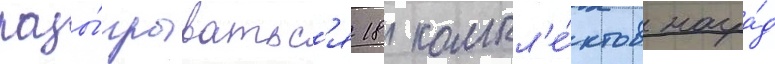
разы́грыватьс'я 18 компл'е́ктов награ́д